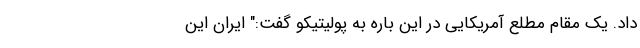
داد. یک مقام مطلع آمریکایی در این باره به پولیتیکو گفت:" ایران این